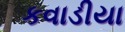
કવાડીયા